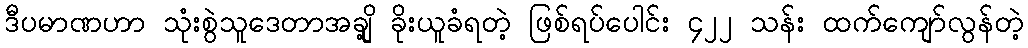
ဒီပမာဏဟာ သုံးစွဲသူဒေတာအချို့ ခိုးယူခံရတဲ့ ဖြစ်ရပ်ပေါင်း ၄၂၂ သန်း ထက်ကျော်လွန်တဲ့